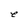
Character: e